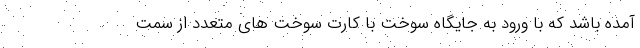
آمده باشد که با ورود به جایگاه سوخت با کارت سوخت های متعدد از سمت